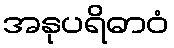
အနုပရိဓာဝံ